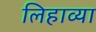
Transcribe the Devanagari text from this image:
लिहाव्या